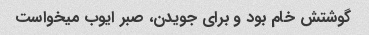
گوشتش خام بود و برای جویدن، صبر ایوب میخواست